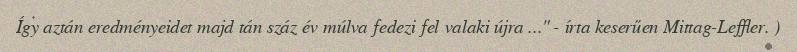
Így aztán eredményeidet majd tán száz év múlva fedezi fel valaki újra ..." - írta keserűen Mittag-Leffler. )